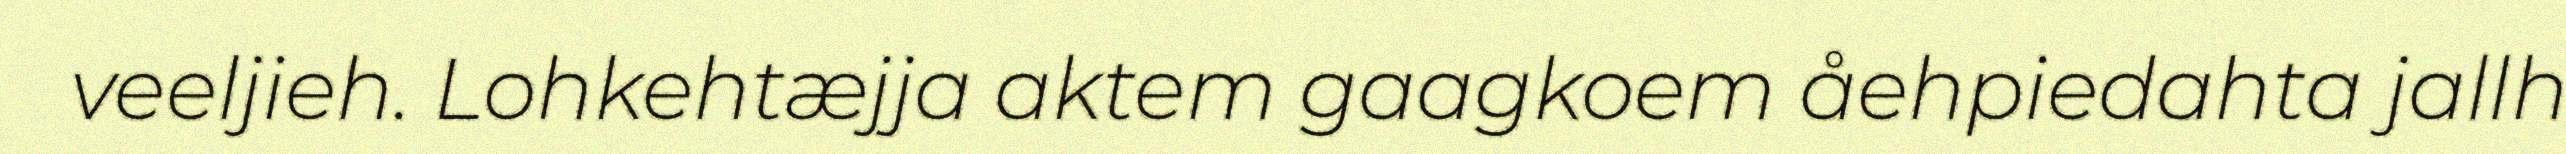
veeljieh. Lohkehtæjja aktem gaagkoem åehpiedahta jallh